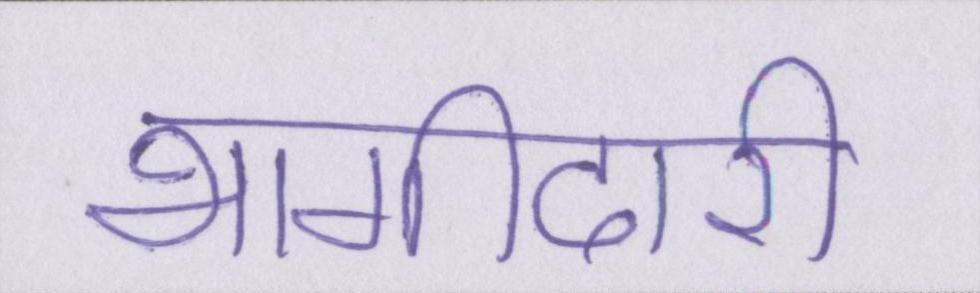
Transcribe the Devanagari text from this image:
भागीदारी